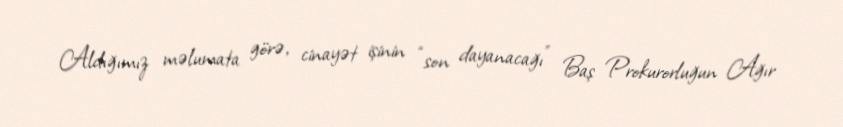
Aldığımız məlumata görə, cinayət işinin “son dayanacağı” Baş Prokurorluğun Ağır